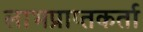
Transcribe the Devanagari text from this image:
लाभप्राप्तकर्ता